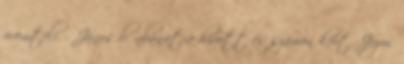
örömteli. - János bűnbánatra hívott és számon kért, Jézus